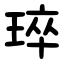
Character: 琗